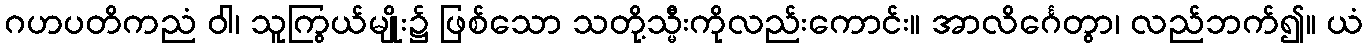
ဂဟပတိကညံ ဝါ၊ သူကြွယ်မျိုး၌ ဖြစ်သော သတို့သ္မီးကိုလည်းကောင်း။ အာလိင်္ဂေတွာ၊ လည်ဘက်၍။ ယံ